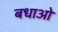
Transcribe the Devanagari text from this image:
बधाओ